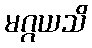
မဂ္ဂယသိ